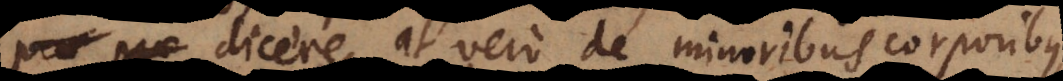
a dicere, at vero de minoribus corporibus,